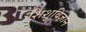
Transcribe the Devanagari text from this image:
शिशुविज्ञान